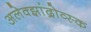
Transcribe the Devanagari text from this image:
अलेक्झांद्रोव्स्क